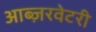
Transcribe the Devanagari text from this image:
आब्ज़रवेटरी